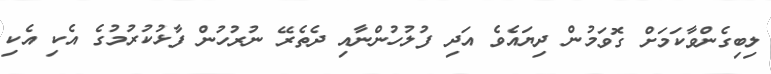
ލިބިގެންވާކަމަށް ގޮވަމުން ދިޔައެވެ އަދި ފުލުހުންނާއި ދެތެރޭ ނުރުހުން ފާޅުކުރުމުގެ އެކި އެކި